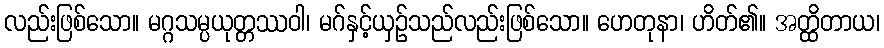
လည်းဖြစ်သော။ မဂ္ဂသမ္ပယုတ္တဿဝါ၊ မဂ်နှင့်ယှဉ်သည်လည်းဖြစ်သော။ ဟေတုနာ၊ ဟိတ်၏။ အတ္ထိတာယ၊